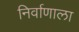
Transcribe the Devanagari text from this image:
निर्वाणाला